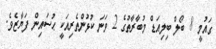
ގައުމީ 8 ބޯލް ބިލިއަޑް މުބާރާތުގެ 2 ވަނަ ކުޅުންތެރިއަކީ ޙުސައިން ފަޔާޒެވެ.